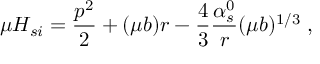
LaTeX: \mu H _ { s i } = { \frac { p ^ { 2 } } { 2 } } + ( \mu b ) r - { \frac { 4 } { 3 } } { \frac { \alpha _ { s } ^ { 0 } } { r } } ( \mu b ) ^ { 1 / 3 } \; ,